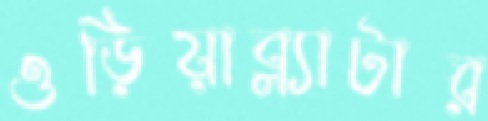
ওড়িয়াব্ল্যাটার